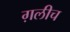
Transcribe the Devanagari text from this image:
ग़लीच